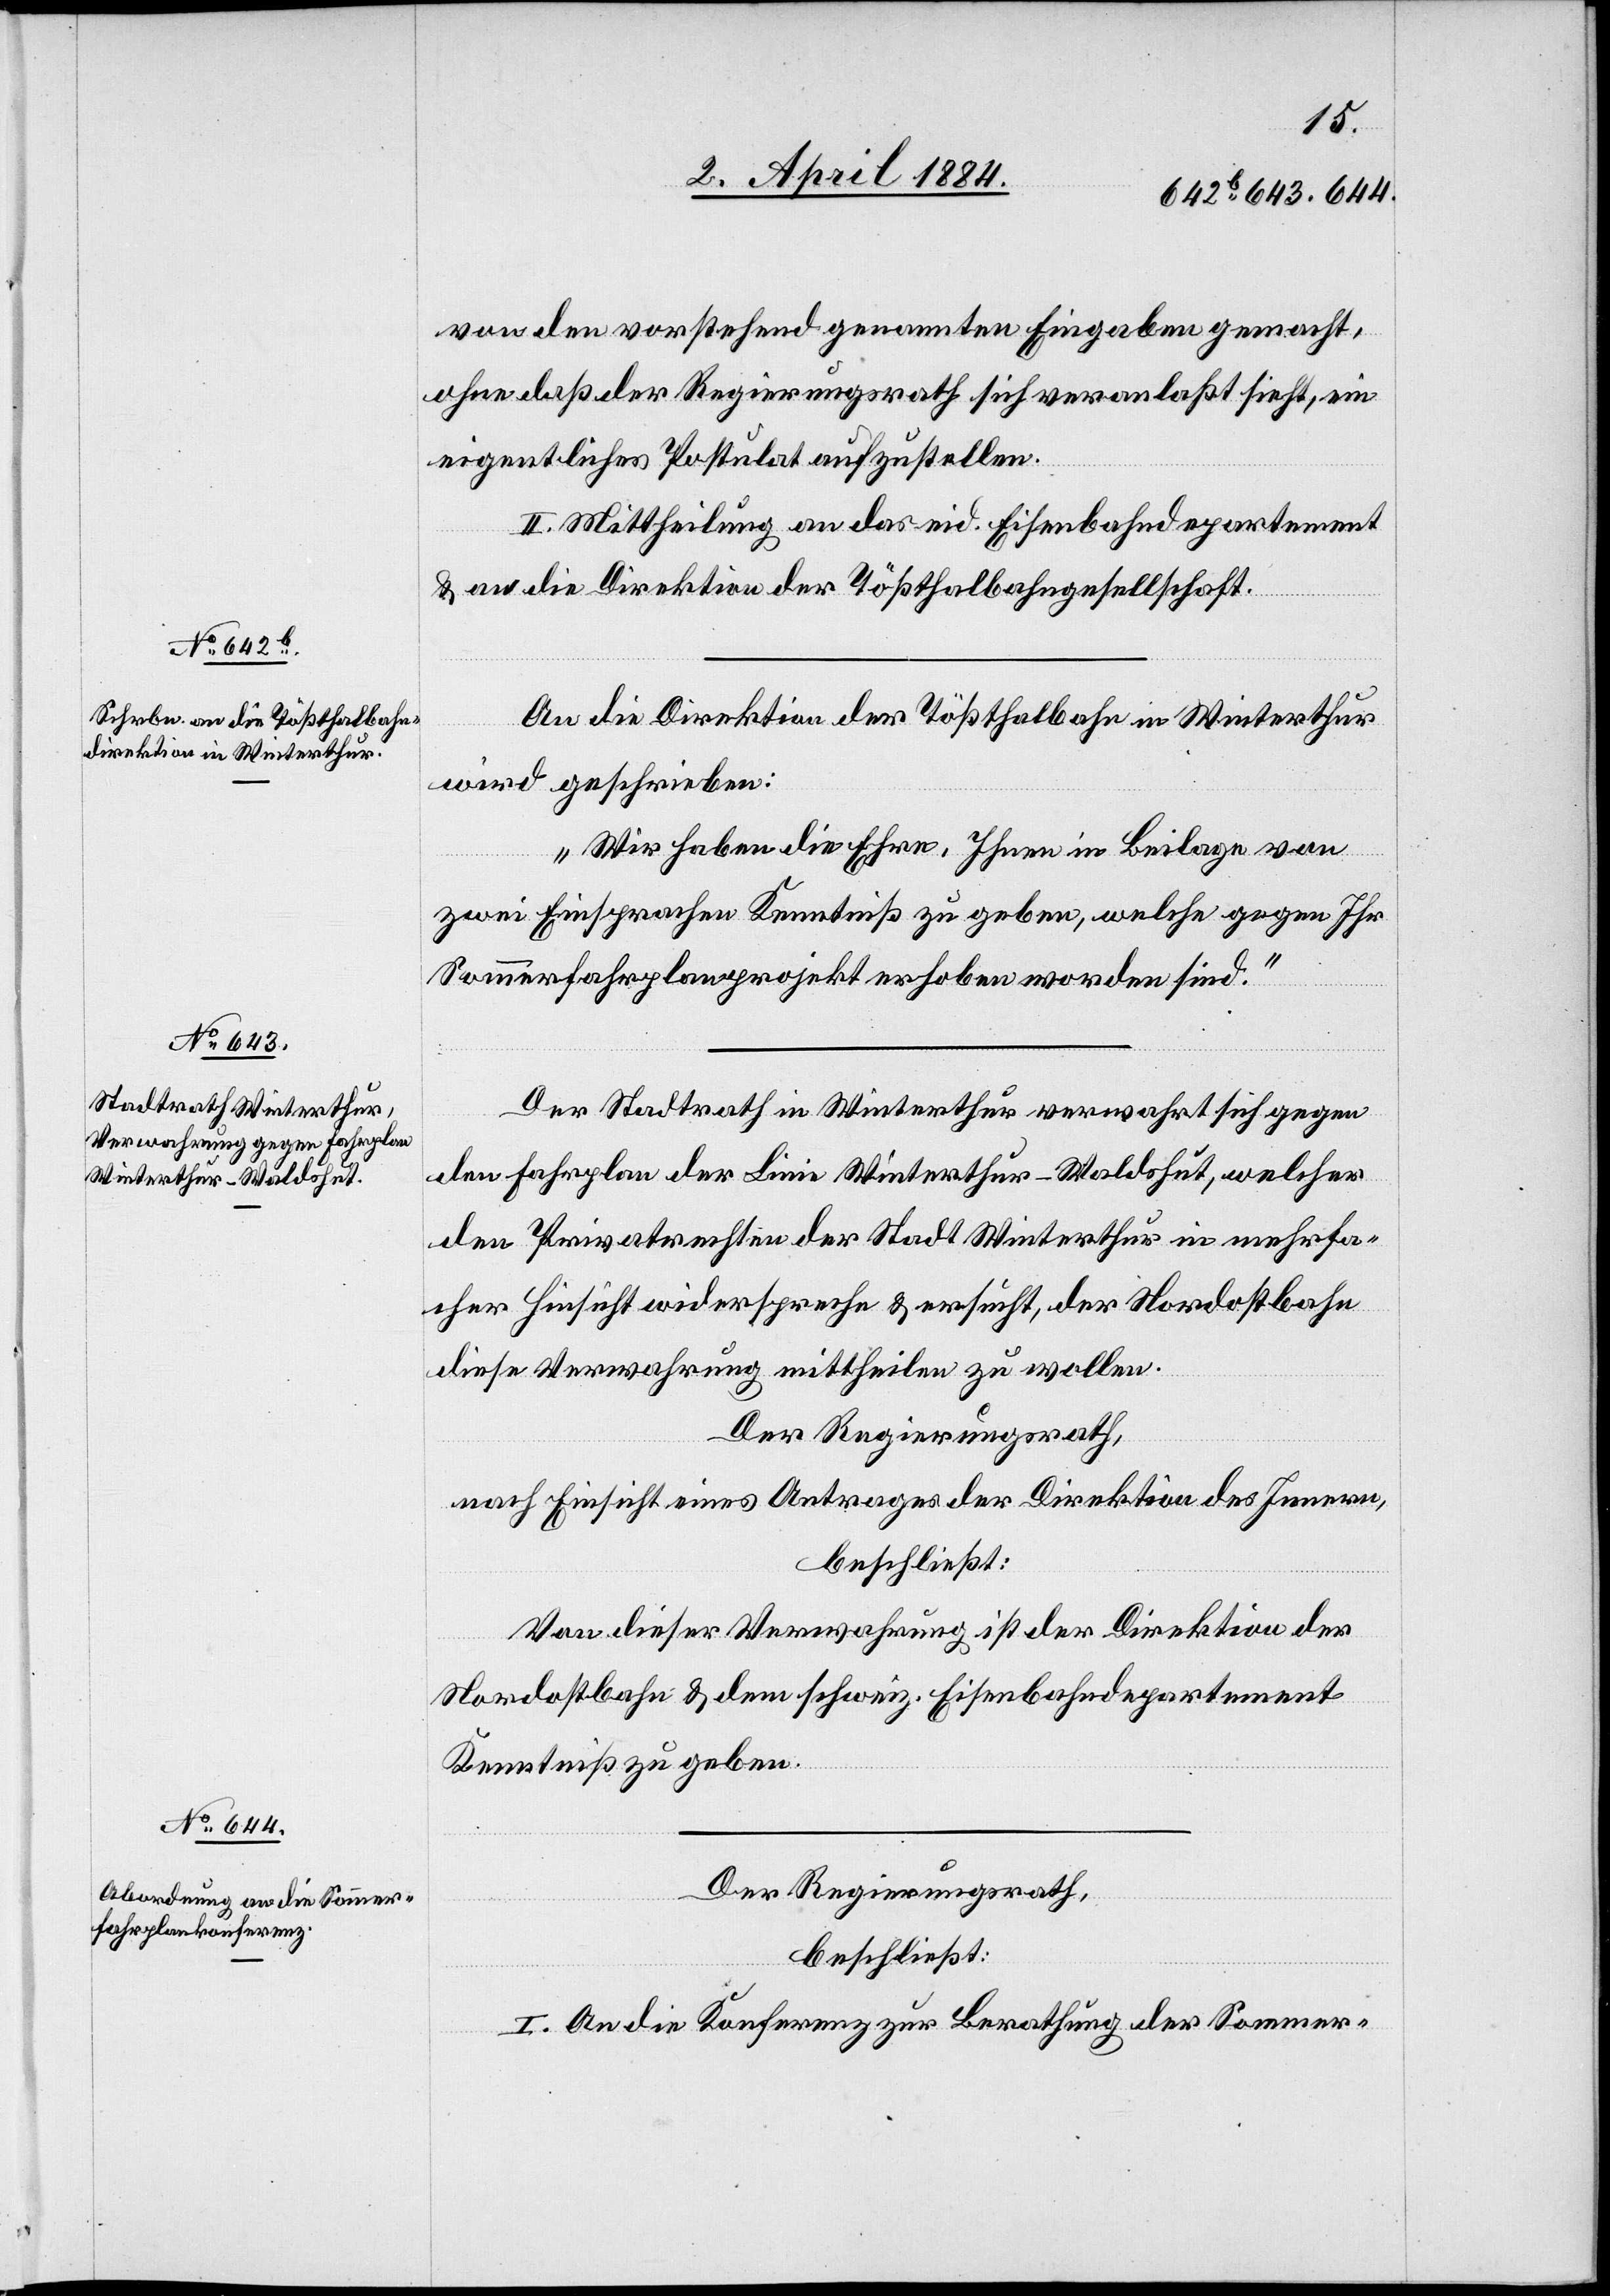
An die Direktion der Tößthalbahn in Winterthur
wird geschrieben:
„Wir haben die Ehre, Ihnen in Beilage von
zwei Einsprachen Kenntniß zu geben, welche gegen Ihr
Sommerfahrplanprojekt erhoben worden sind.“
Der Stadtrath in Winterthur verwahrt sich gegen
den Fahrplan der Linie Winterthur–Waldshut, welcher
den Privatrechten der Stadt Winterthur in mehrfa¬
cher Hinsicht widerspreche & ersucht, der Nordostbahn
diese Verwahrung mittheilen zu wollen.
Der Regierungsrath,
nach Einsicht eines Antrages der Direktion des Innern,
beschließt:
Von dieser Verwahrung ist der Direktion der
Nordostbahn & dem schweiz. Eisenbahndepartement
Kenntniß zu geben.
Der Regierungsrath,
beschließt:
I. An die Konferenz zur Berathung der Sommer-